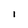
Character: I